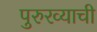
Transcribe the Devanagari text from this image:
पुरुरव्याची